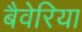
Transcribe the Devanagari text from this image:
बैवेरिया